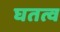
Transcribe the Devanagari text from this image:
घतत्व